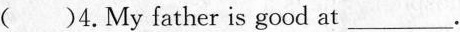
( )4.My father is good at___.